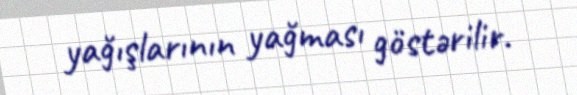
yağışlarının yağması göstərilir.